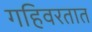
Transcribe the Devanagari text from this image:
गहिवरतात